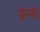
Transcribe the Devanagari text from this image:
ग्नन्थ